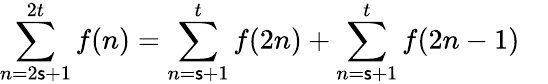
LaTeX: \sum_{n=2\mathsf{s}+1}^{2t}f(n)=\sum_{n=\mathsf{s}+1}^{t}f(2n)+\sum_{n=\mathsf{s}+1}^{t}f(2n-1)\quad